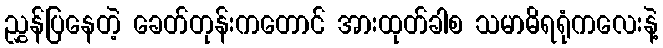
ညွှန်ပြနေတဲ့ ခေတ်တုန်းကတောင် အားထုတ်ခါစ သမာဓိရရုံကလေးနဲ့